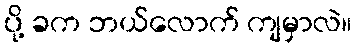
ပို့ ခက ဘယ်လောက် ကျမှာလဲ။